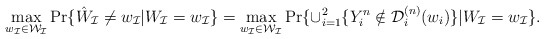
\begin{align*} \max_{w_\mathcal{I}\in \mathcal{W}_\mathcal{I}}\Pr\{\hat W_\mathcal{I} \ne w_\mathcal{I} | W_\mathcal{I}=w_\mathcal{I}\} = \max_{w_\mathcal{I}\in \mathcal{W}_\mathcal{I}}\Pr\{\cup_{i=1}^2\{Y_i^n \notin \mathcal{D}_i^{(n)}(w_i)\} | W_\mathcal{I}=w_\mathcal{I}\}.\end{align*}